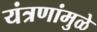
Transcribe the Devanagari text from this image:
यंत्रणांमुळे